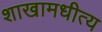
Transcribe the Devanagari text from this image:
शाखामधीत्य